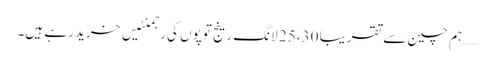
……ہم چین سے تقریباً 25،30 لانگ رینج توپوں کی رجمنٹیں خرید رہے ہیں۔